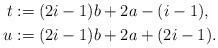
LaTeX: \begin{align*}t & := (2i-1) b + 2 a - (i-1),\\u & := (2i-1) b + 2 a + (2i-1).\end{align*}